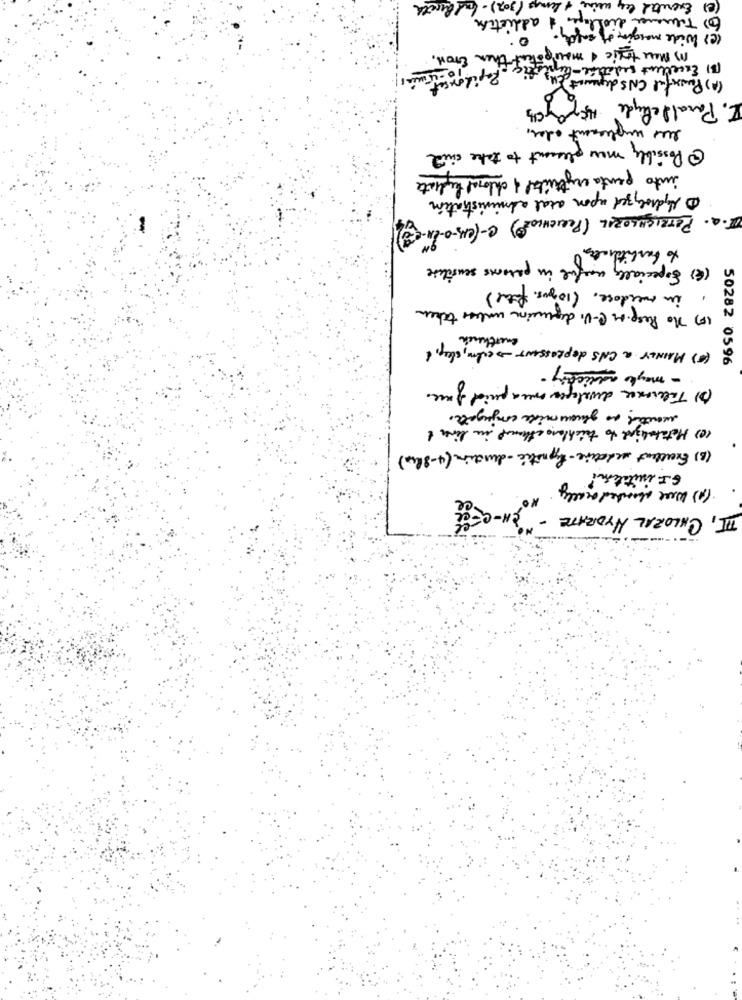
(302)- bac Quets
(2) Ex
addiction
(c) lide margin of safety
os Mou traic & mangok
then Eron,
(B) Excellent sudation-Pin
(A) Parsifal CNS deparent)
I. Paraldehyde Hogycy
les implement oder,
@ Possibly more pleasant to take sind
into penta erythribal & chloral hydrate
1 Hydrolyzed upon oral administration
1. PETRICHLORIL (PERICHLORO) C-(ers-0-ex-(3)
to barbiturates
(4) Especially useful in persons sensitive
,in mesdoce. (10 gus. fitme )
() No Resp. or C-V. degenion unless taken
enerthench
(*) MAINLY a CNS depressur ->calm, sleep,
- maybe addictity -
50282 0596
(3) Tolerance developer over a period of rece.
wanted as gluousmide conjugate.
(e) Metaboligud to trichlang ethernet in livet
(B) Excellent sedative-hypnotic- duration (4-8 Rx)
G. I. initeten?
(A) Were aborted orally
II, CHLORAL HYDRATE - "CH-CEL